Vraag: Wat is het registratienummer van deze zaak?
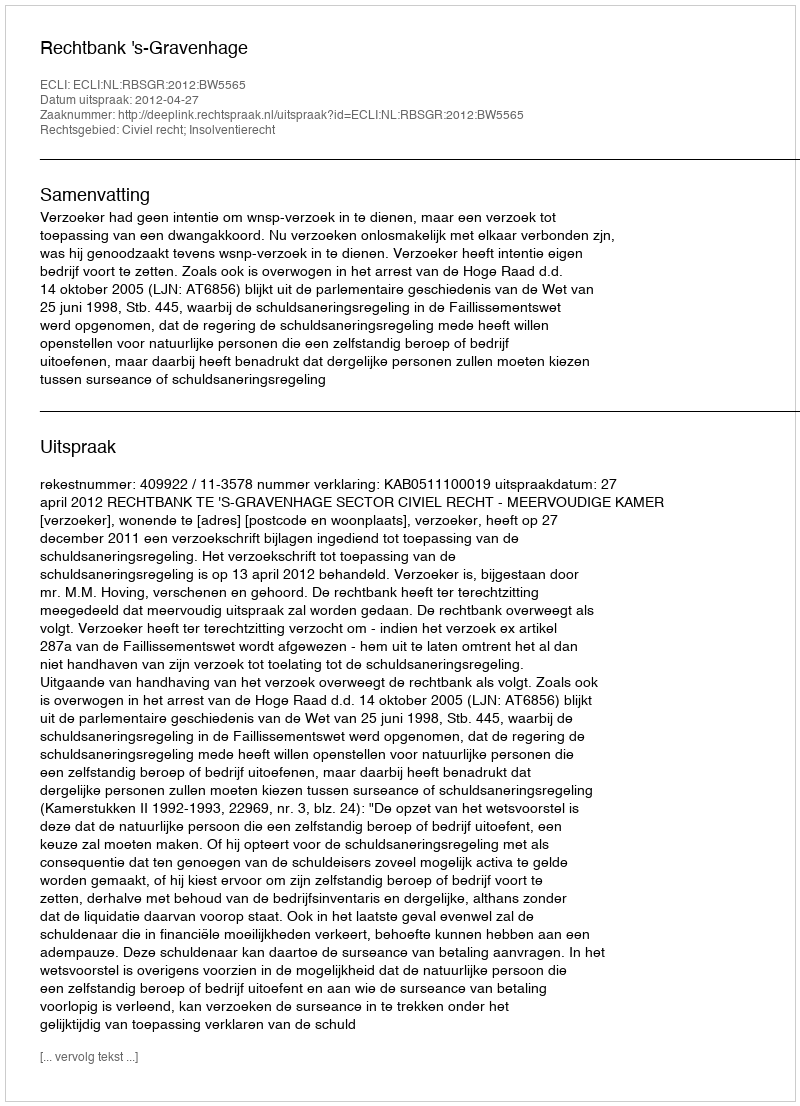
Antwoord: http://deeplink.rechtspraak.nl/uitspraak?id=ECLI:NL:RBSGR:2012:BW5565